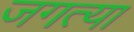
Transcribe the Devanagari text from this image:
जगत्या